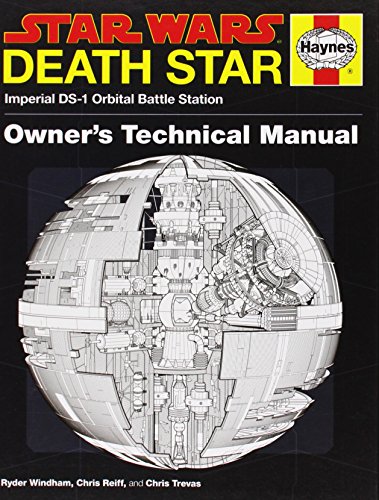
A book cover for Death Star Owner's Technical Manual: Star Wars: Imperial DS-1 Orbital Battle Station; Ryder Windham; Humor & Entertainment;